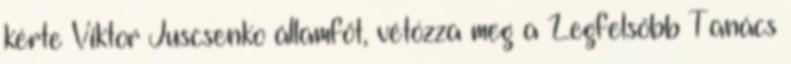
kérte Viktor Juscsenko államfőt, vétózza meg a Legfelsőbb Tanács